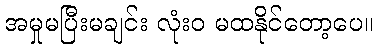
အမှုမပြီးမချင်း လုံးဝ မထနိုင်တော့ပေ။